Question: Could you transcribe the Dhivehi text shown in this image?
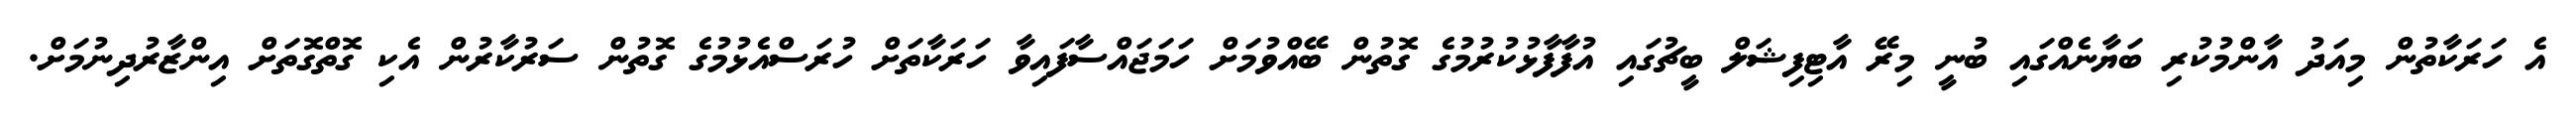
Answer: އެ ހަރަކާތުން މިއަދު އާންމުކުރި ބަޔާނެއްގައި ބުނީ މިރޭ އާޓިފިޝަލް ބީޗުގައި އުފާފާޅުކުރުމުގެ ގޮތުން ބޭއްވުމަށް ހަމަޖައްސާފައިވާ ހަރަކާތަށް ހުރަސްއެޅުމުގެ ގޮތުން ސަރުކާރުން އެކި ގޮތްގޮތަށް އިންޒާރުދިނުމަށް.